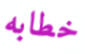
خطابه